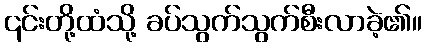
၎င်းတို့ထံသို့ ခပ်သွက်သွက်စီးလာခဲ့၏။